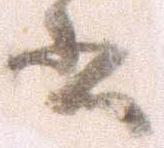
書